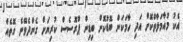
އެކު މުއާމަލާތްކޮށް އަދި ހާމަކަން ބޮޑުކޮށް ބިޑިން ޕްރޮސެސް ކުރިޔަށް ގެންދެވޭނެ ގޮތެއް